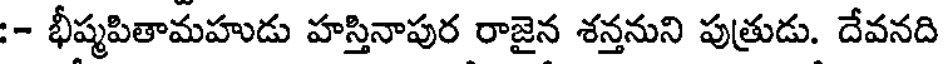
:- భీష్మపితామహుడు హస్తినాపుర రాజైన శన్తనుని పుత్రుడు. దేవనది